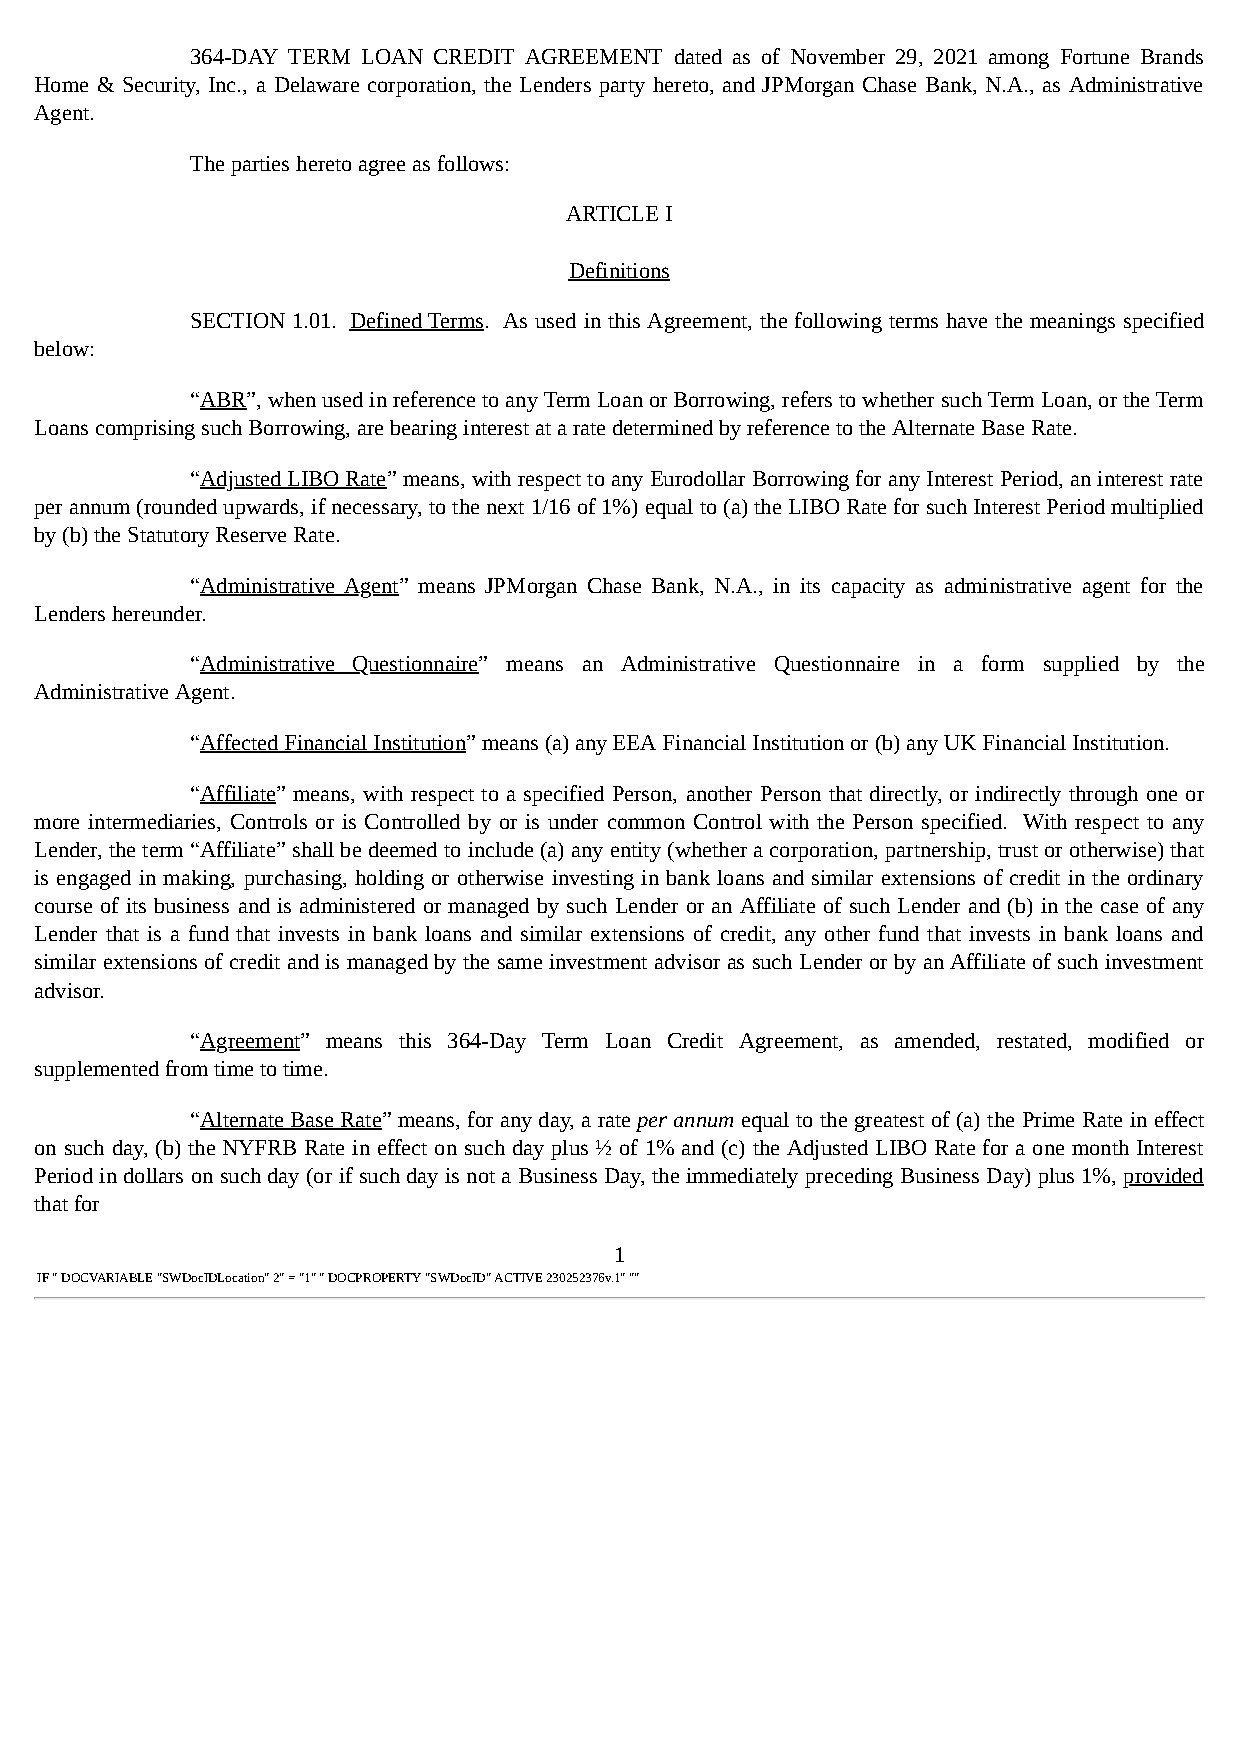
364-DAY TERM LOAN CREDIT AGREEMENT dated as of November 29, 2021 among Fortune Brands
 Home & Security, Inc., a Delaware corporation, the Lenders party hereto, and JPMorgan Chase Bank, N.A., as Administrative
 Agent.
 The parties hereto agree as follows:
 ARTICLE I
 Definitions
 SECTION 1.01. Defined Terms. As used in this Agreement, the following terms have the meanings specified
 below:
 “ABR”, when used in reference to any Term Loan or Borrowing, refers to whether such Term Loan, or the Term
 Loans comprising such Borrowing, are bearing interest at a rate determined by reference to the Alternate Base Rate.
 “Adjusted LIBO Rate” means, with respect to any Eurodollar Borrowing for any Interest Period, an interest rate
 per annum (rounded upwards, if necessary, to the next 1/16 of 1%) equal to (a) the LIBO Rate for such Interest Period multiplied
 by (b) the Statutory Reserve Rate.
 “Administrative Agent” means JPMorgan Chase Bank, N.A., in its capacity as administrative agent for the
 Lenders hereunder.
 “Administrative Questionnaire” means an Administrative Questionnaire in a form supplied by the
 Administrative Agent.
 “Affected Financial Institution” means (a) any EEA Financial Institution or (b) any UK Financial Institution.
 “Affiliate” means, with respect to a specified Person, another Person that directly, or indirectly through one or
 more intermediaries, Controls or is Controlled by or is under common Control with the Person specified. With respect to any
 Lender, the term “Affiliate” shall be deemed to include (a) any entity (whether a corporation, partnership, trust or otherwise) that
 is engaged in making, purchasing, holding or otherwise investing in bank loans and similar extensions of credit in the ordinary
 course of its business and is administered or managed by such Lender or an Affiliate of such Lender and (b) in the case of any
 Lender that is a fund that invests in bank loans and similar extensions of credit, any other fund that invests in bank loans and
 similar extensions of credit and is managed by the same investment advisor as such Lender or by an Affiliate of such investment
 advisor.
 “Agreement” means this 364-Day Term Loan Credit Agreement, as amended, restated, modified or
 supplemented from time to time.
 “Alternate Base Rate” means, for any day, a rate per annum equal to the greatest of (a) the Prime Rate in effect
 on such day, (b) the NYFRB Rate in effect on such day plus ½ of 1% and (c) the Adjusted LIBO Rate for a one month Interest
 Period in dollars on such day (or if such day is not a Business Day, the immediately preceding Business Day) plus 1%, provided
 that for
 1
 IF " DOCVARIABLE "SWDocIDLocation" 2" = "1" " DOCPROPERTY "SWDocID" ACTIVE 230252376v.1" ""